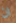
ان